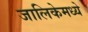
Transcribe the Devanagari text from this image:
जालिकेमध्ये